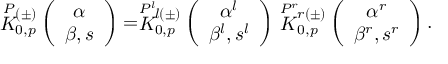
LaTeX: \stackrel { P } { K } { } \! \! _ { 0 , p } ^ { ( \pm ) } \left( \begin{array} { c } { { \alpha } } \\ { { \beta , s } } \end{array} \right) = \stackrel { P ^ { l } } { K } { } \! \! _ { 0 , p } ^ { l ( \pm ) } \left( \begin{array} { c } { { \alpha ^ { l } } } \\ { { \beta ^ { l } , s ^ { l } } } \end{array} \right) \stackrel { P ^ { r } } { K } { } \! \! _ { 0 , p } ^ { r ( \pm ) } \left( \begin{array} { c } { { \alpha ^ { r } } } \\ { { \beta ^ { r } , s ^ { r } } } \end{array} \right) .